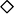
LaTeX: \diamond